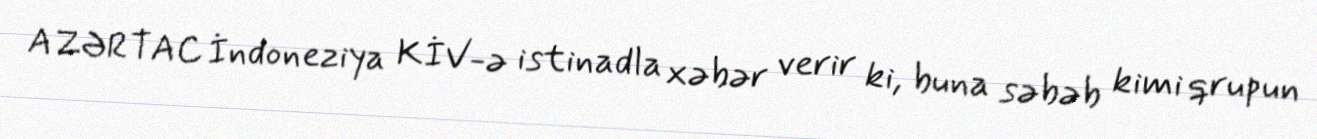
AZƏRTAC İndoneziya KİV-ə istinadla xəbər verir ki, buna səbəb kimi qrupun